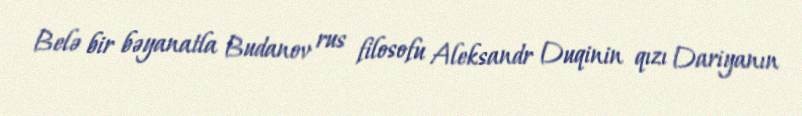
Belə bir bəyanatla Budanov rus filosofu Aleksandr Duqinin qızı Dariyanın